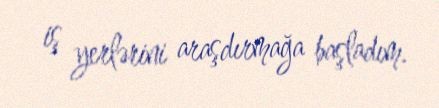
iş yerlərini araşdırmağa başladım.